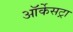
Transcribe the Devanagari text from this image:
ऑर्केसट्रा